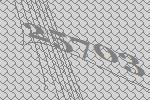
25703